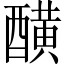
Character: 䤑